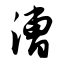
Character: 漕